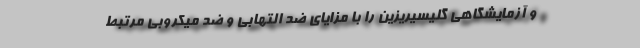
و آزمایشگاهی گلیسیریزین را با مزایای ضد التهابی و ضد میکروبی مرتبط